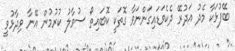
ބޭފުޅަކާ މެދު އަދުރޭ ދެކެވަޑައިގަންނަވާ ގޮތަކީ ކޮބައިތޯ ސުވާލު ކުރުމުން އޭނާ ވިދާޅުވީ